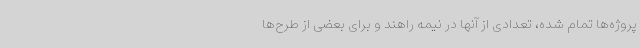
پروژه‌ها تمام شده، تعدادی از آنها در نیمه راهند و برای بعضی از طرح‌ها